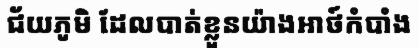
ជ័យភូមិ ដែលបាត់ខ្លួនយ៉ាងអាថ៍កំបាំង